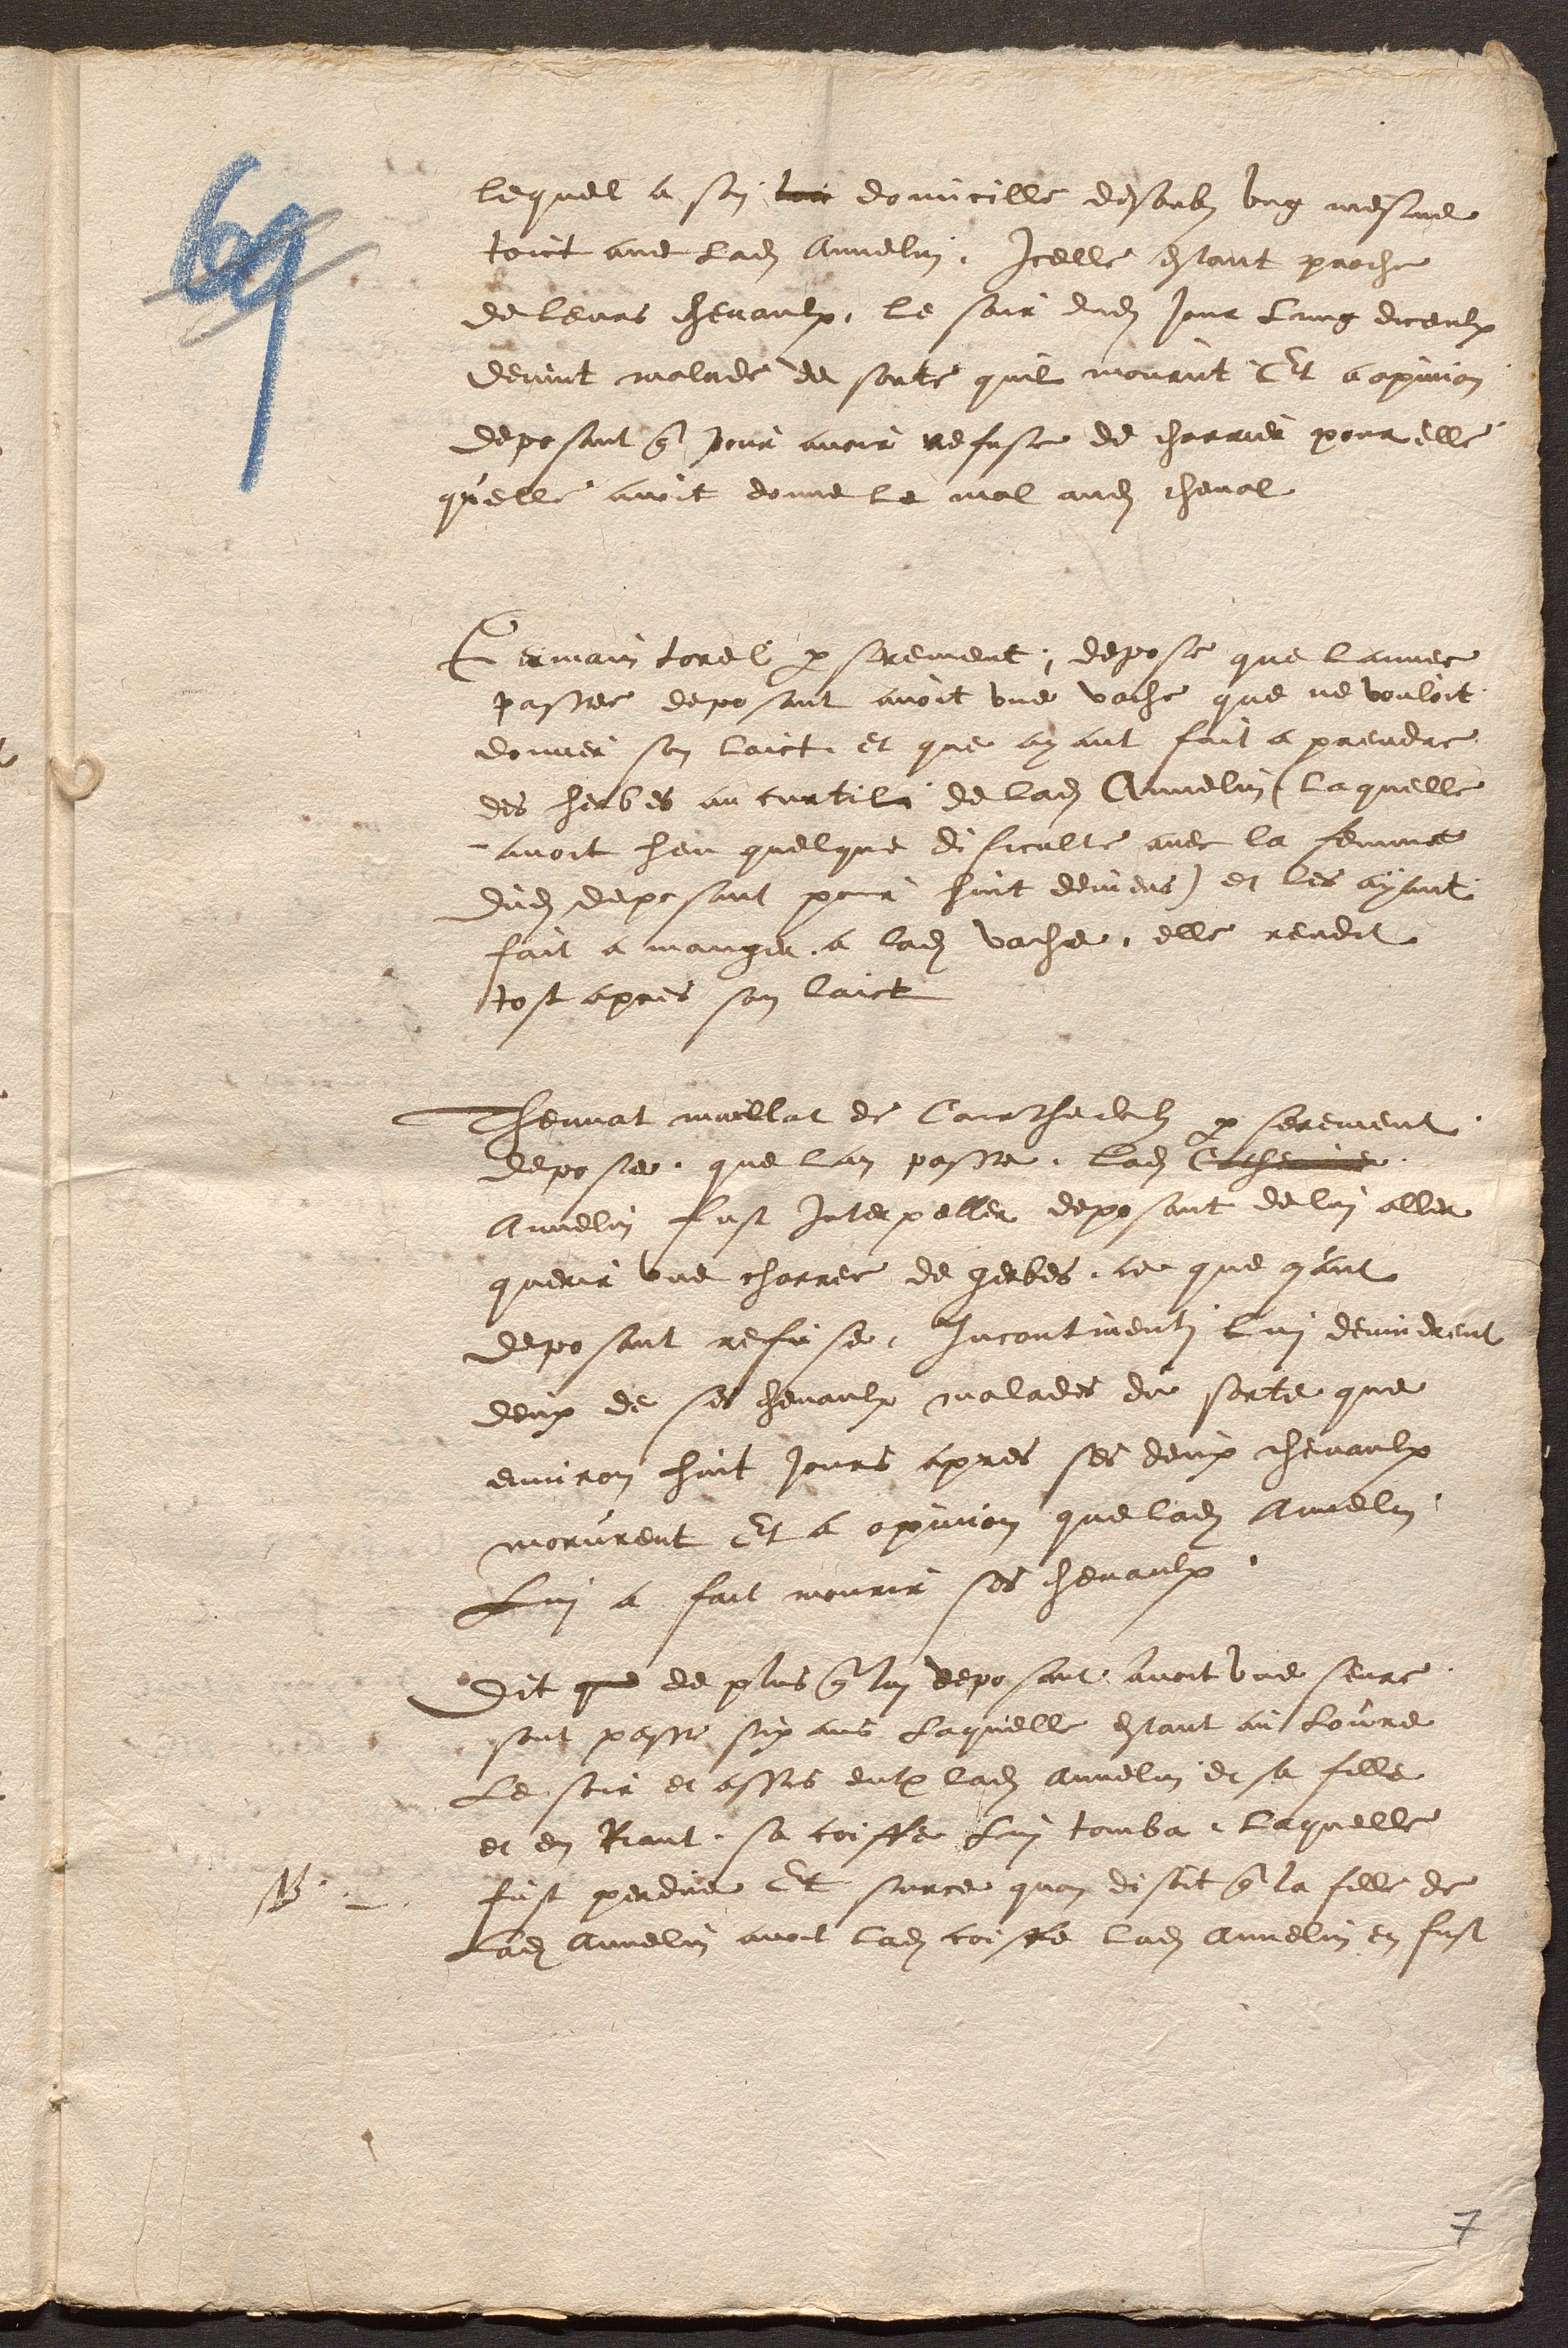
NB

lequel a son lieu domicille desoubs ung mesme
toict avec Ladite Annelin. Icelle estant proche
de leurs chevaulx, le soir dudit Jour Lung diceulx
devint malade de sorte quil mourut. Et a opinion
deposant que pour avoir refuse de charrier pour elle
quelle avoit donne le mal audit cheval.
Germain torel par serement ; depose que lannee
passee deposant avoit une vache que ne vouloit
donner son laict, et que ayant fait a prendre
des herbes au curtil de ladite Annelin (laquelle
avoit heu quelque dificulte avec la femme
dudit deposant pour huit deniers) et les ayant
fait a manger a ladite vache, elle rendit
tost apres son laict
Thennat maillat de Courthedoubs par serement,
depose, que lan passe, ladite Catherine
Annelin fust interpeller deposant de lui aller
querir une charree de gerbes, ce que ayant
deposant refuse, Incontinenti lui devindrent
deux de ses chevaulx malades de sorte que
environ huit jours apres ses deux chevaulx
morurent Et a opinion que ladite Annelin
Lui a fait mourir ses chevaulx.
Dit que de plus que lui deposant, avoit une seure
sont passe six ans Laquelle estant au Lovre
Le soir et assis entre ladite Annelin et sa fille
et en Riant, sa coiffe Lui tomba, laquelle
fust perdue Et surce quon disoit que la fille de
Ladite Annelin avoit ladite coiffe ladite Annelin en fust